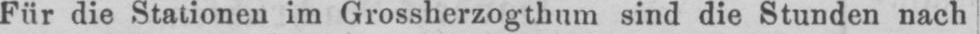
Für die Stationen im Grossherzogthum sind die Stunden nach